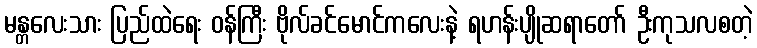
မန္တလေးသား ပြည်ထဲရေး ဝန်ကြီး ဗိုလ်ခင်မောင်ကလေးနဲ့ ရဟန်းပျိုဆရာတော် ဦးကုသလစတဲ့